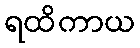
ရထိကာယ